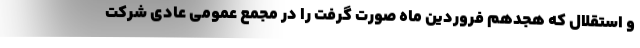
و استقلال که هجدهم فروردین ماه صورت گرفت را در مجمع عمومی عادی شرکت